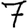
Digit: 7